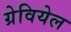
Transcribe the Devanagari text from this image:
ग्रेवियेल